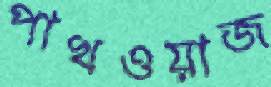
পাখওয়াজ